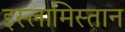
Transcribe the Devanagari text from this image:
इस्लामिस्तान